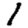
Digit: 1